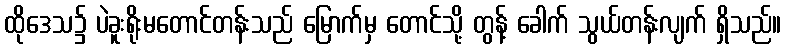
ထိုဒေသ၌ ပဲခူးရိုးမတောင်တန်းသည် မြောက်မှ တောင်သို့ တွန့် ခေါက် သွယ်တန်းလျက် ရှိသည်။